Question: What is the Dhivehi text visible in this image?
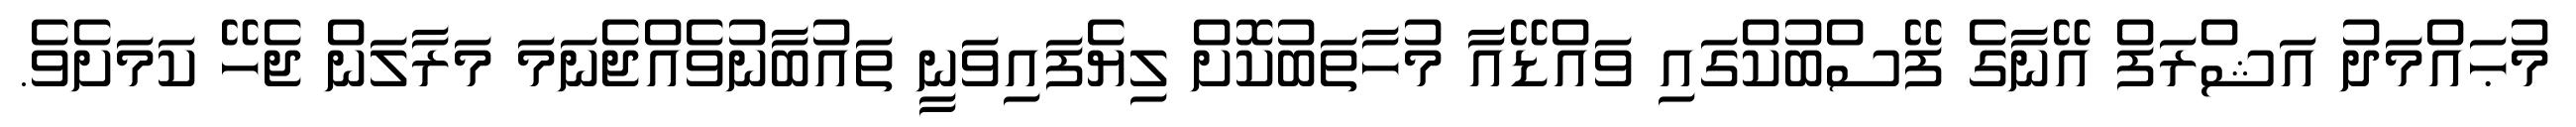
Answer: މުޙައްމަދު އަޝްރަފް އޭނާގެ ފޭސްބުކްގައި ވައްޑޭއާ މުހާތަބުކޮށް ލިޔެފައިވަނީ ތައުބާނުވެއްޖެނަމަ މަރާލަން ޖެހޭ ކަމަށެވެ.